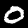
Label: 0